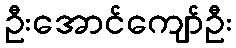
ဦးအောင်ကျော်ဦး